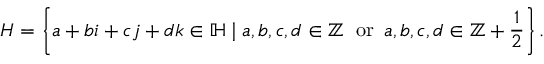
H = \left\{ a + b i + c j + d k \in \mathbb { H } \mid a , b , c , d \in \mathbb { Z } \; { \mathrm { ~ o r ~ } } \, a , b , c , d \in \mathbb { Z } + { \frac { 1 } { 2 } } \right\} .